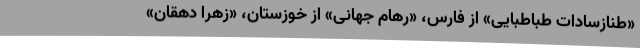
«طنازسادات طباطبایی» از فارس، «رهام جهانی» از خوزستان، «زهرا دهقان»